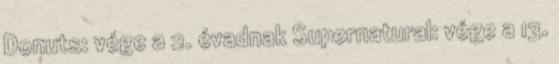
Donuts: vége a 2. évadnak Supernatural: vége a 13.